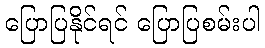
ပြောပြနိုင်ရင် ပြောပြစမ်းပါ